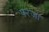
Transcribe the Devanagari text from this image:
परजा